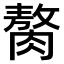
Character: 𫆰